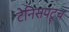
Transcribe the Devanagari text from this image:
टेनिसपटूच